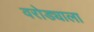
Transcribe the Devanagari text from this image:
वरोड्याला